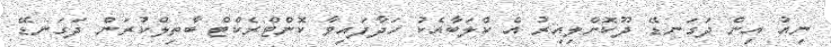
ނިއު އިން ދަގަނޑޭ ދޫކޮށްލިއިރު އެ ކްލަބާއެކު ހަދާފައިވާ ކޮންޓްރެކްޓް ބާތިލްކުރަން ދަގަނޑޭ